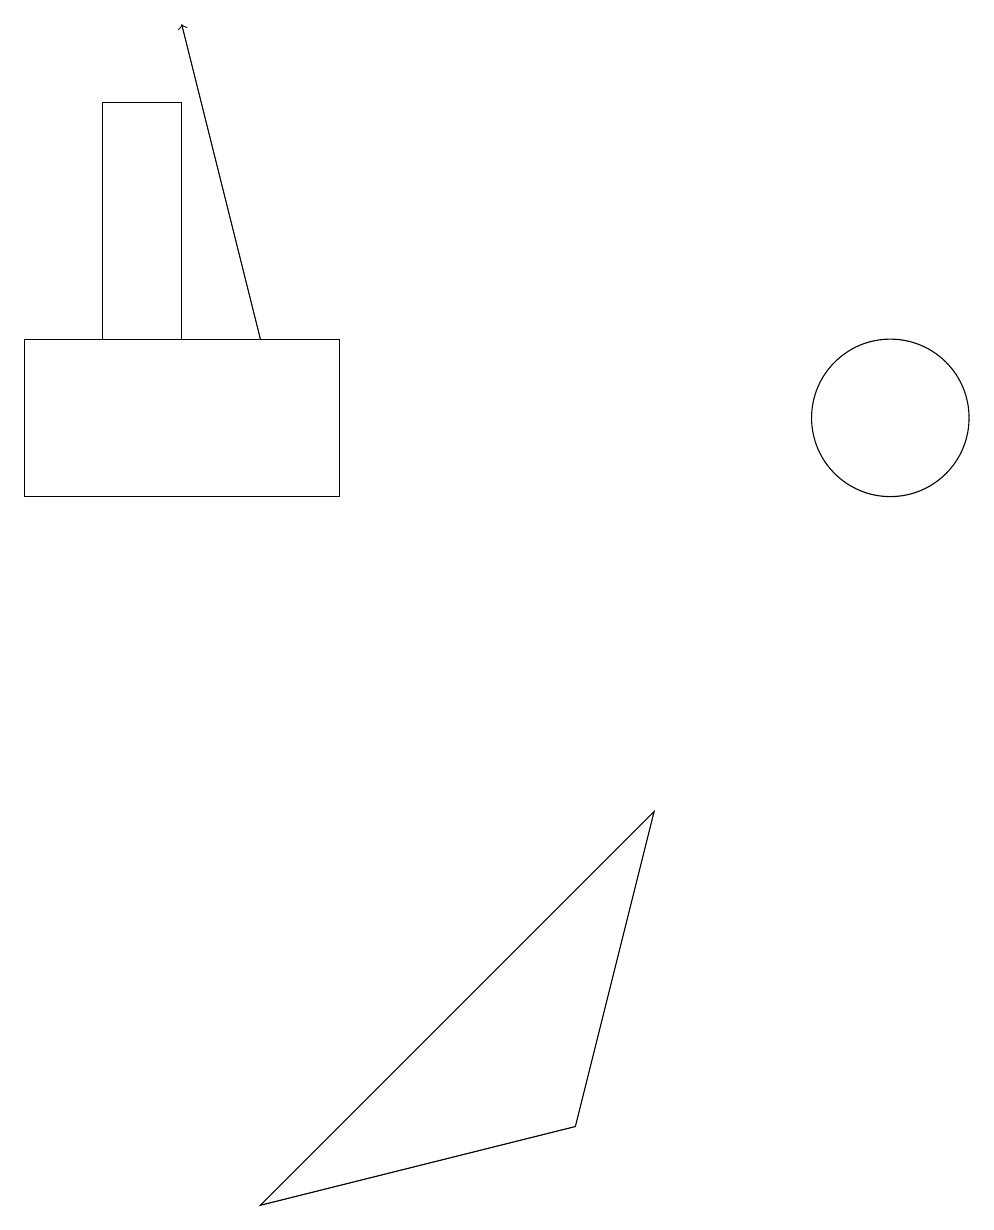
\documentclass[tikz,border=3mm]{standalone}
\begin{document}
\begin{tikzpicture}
\draw[->] (3,13) -- (2,17);
\draw (0,13) rectangle (4,11);
\draw (8,7) -- (7,3) -- (3,2) -- cycle;
\draw (1,13) rectangle (2,16);
\draw (11,12) circle (1);
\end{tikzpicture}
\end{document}